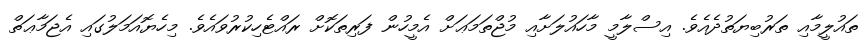
ތައުލީމާއި ތަރުބިޔަތުދެއެވެ. އިސްލާމީ މާހައުލަށާއި މުޖްތަމަޢަށް އެމީހުން ފަރިތަކޮށް ރައްޓެހިކުރުވައެވެ. މިހެޔޮއަމަލުގައި އެޖަމާޢަތް